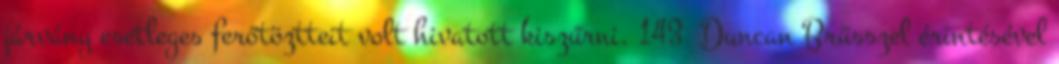
járvány esetleges ferőtöztteit volt hivatott kiszűrni. 143 Duncan Brüsszel érintésével